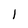
Character: 1